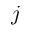
j